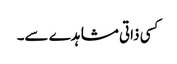
کسی ذاتی مشاہدے سے۔